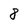
Character: 8